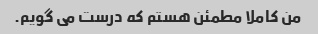
من کاملا مطمئن هستم که درست می گویم.